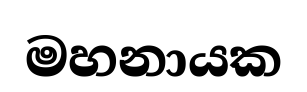
මහනායක